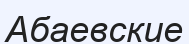
Абаевские